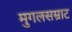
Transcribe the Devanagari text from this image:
मुगलसम्राट